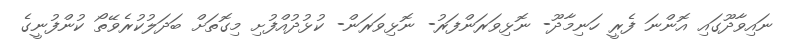
ނައިވާދޫގައި އޮންނަ ފެރީ ހަނިމާދޫ- ނޮޅިވަރަންފަރު- ނޮޅިވަރަން- ކުޅުދުއްފުށި މިގޮތަށް ބަދަލުކުރެވޭތޯ ކުންފުނީގެ